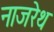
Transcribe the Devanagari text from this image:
नाजरेथ